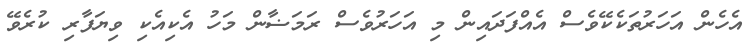
އެހެން އަހަރުތަކެކޭވެސް އެއްފަދައިން މި އަހަރުވެސް ރަމަޟާން މަހު އެކިއެކި ވިޔަފާރި ކުރެވޭ